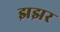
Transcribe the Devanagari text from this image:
झझर